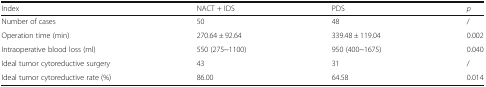
| Index | NACT + IDS | PDS | p |
 | --- | --- | --- | --- |
 | Number of cases | 50 | 48 | / |
 | Operation time (min) | 270.64 ± 92.64 | 339.48 ± 119.04 | 0.002 |
 | Intraoperative blood loss (ml) | 550 (275~1100) | 950 (400~1675) | 0.040 |
 | Ideal tumor cytoreductive surgery | 43 | 31 | / |
 | Ideal tumor cytoreductive rate (%) | 86.00 | 64.58 | 0.014 |